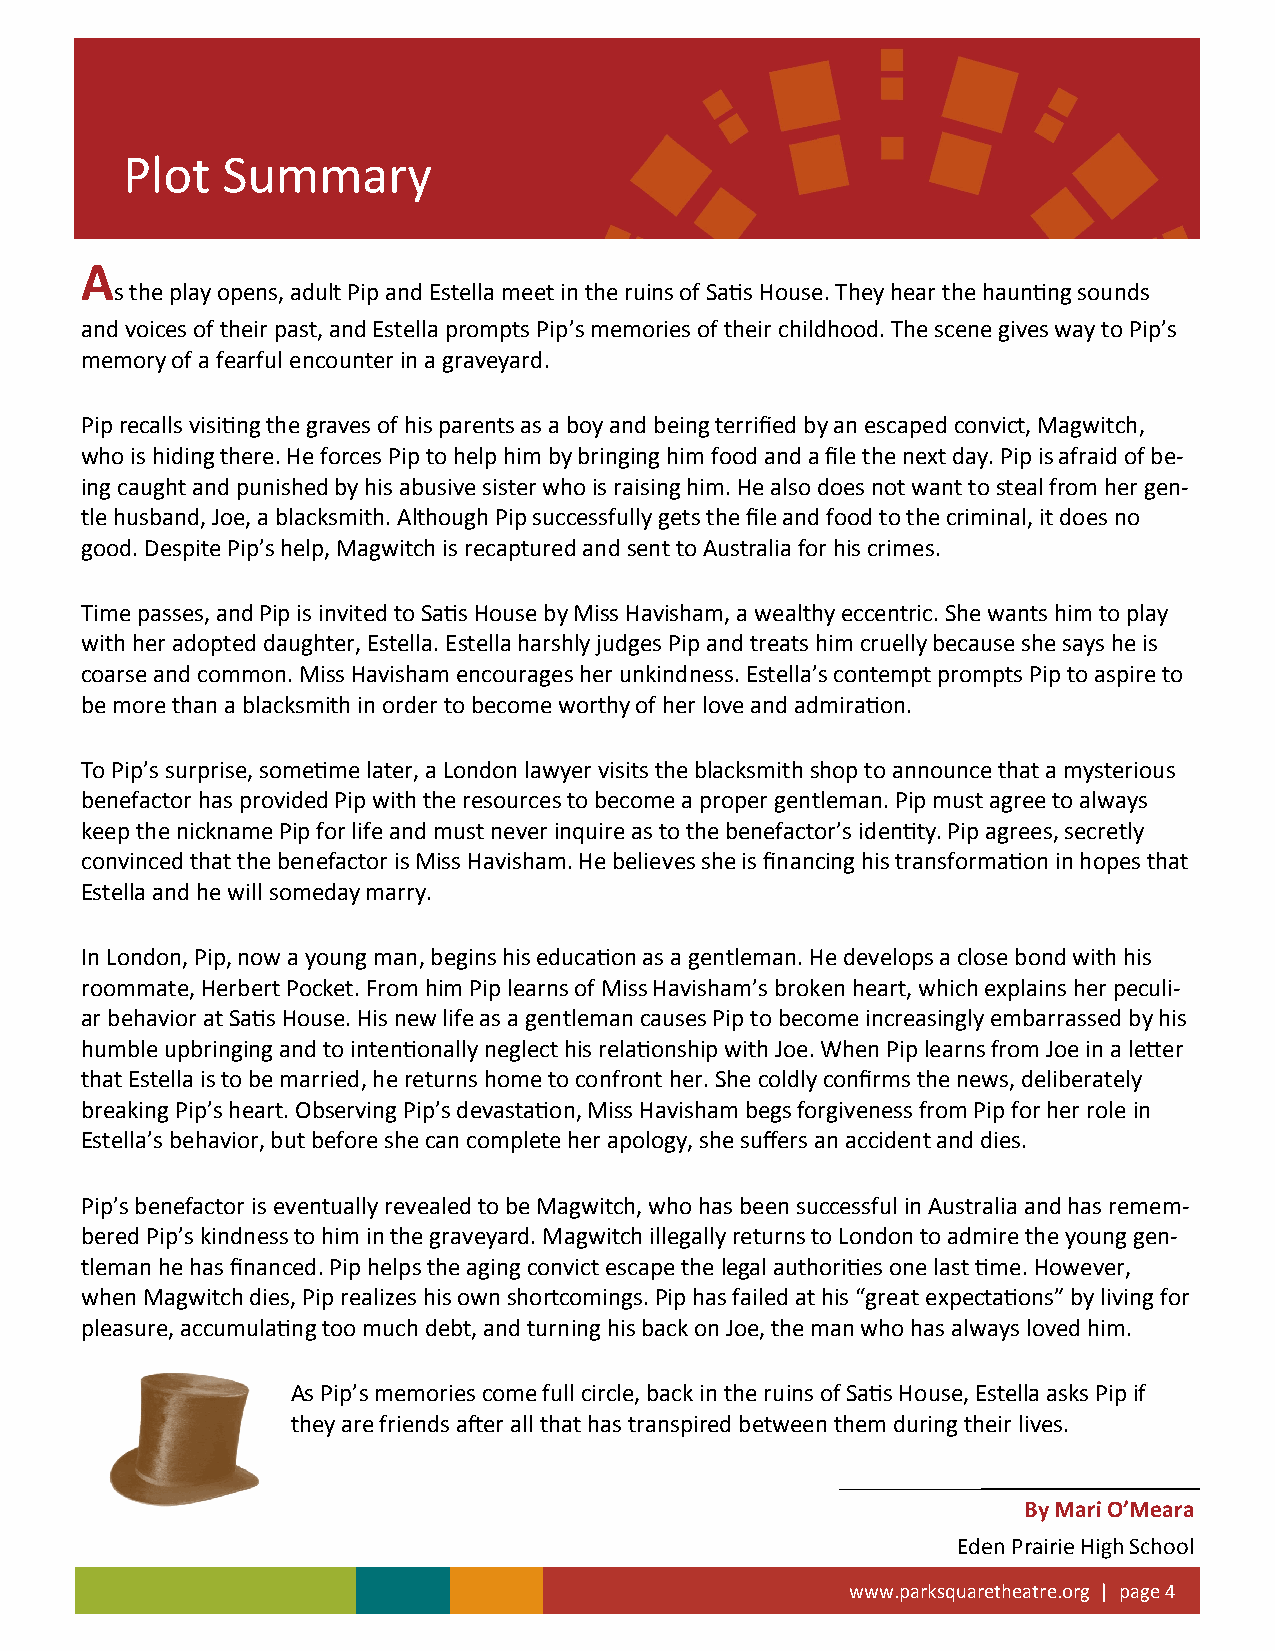
Plot   Summary
 A
 s the play opens, adult Pip and Estella meet in the ruins of Satis House. They hear the haunting sounds
 and voices of their past, and Estella prompts Pip’s memories of their childhood. The scene gives way to Pip’s
 memory of a fearful encounter in a graveyard.
 Pip recalls visiting the graves of his parents as a boy and being terrified by an escaped convict, Magwitch,
 who is hiding there. He forces Pip to help him by bringing him food and a file the next day. Pip is afraid of be-
 ing caught and punished by his abusive sister who is raising him. He also does not want to steal from her gen-
 tle husband, Joe, a blacksmith. Although Pip successfully gets the file and food to the criminal, it does no
 good. Despite Pip’s help, Magwitch is recaptured and sent to Australia for his crimes.
 Time passes, and Pip is invited to Satis House by Miss Havisham, a wealthy eccentric. She wants him to play
 with her adopted daughter, Estella. Estella harshly judges Pip and treats him cruelly because she says he is
 coarse and common. Miss Havisham encourages her unkindness. Estella’s contempt prompts Pip to aspire to
 be more than a blacksmith in order to become worthy of her love and admiration.
 To Pip’s surprise, sometime later, a London lawyer visits the blacksmith shop to announce that a mysterious
 benefactor has provided Pip with the resources to become a proper gentleman. Pip must agree to always
 keep the nickname Pip for life and must never inquire as to the benefactor’s identity. Pip agrees, secretly
 convinced that the benefactor is Miss Havisham. He believes she is financing his transformation in hopes that
 Estella and he will someday marry.
 In London, Pip, now a young man, begins his education as a gentleman. He develops a close bond with his
 roommate, Herbert Pocket. From him Pip learns of Miss Havisham’s broken heart, which explains her peculi-
 ar behavior at Satis House. His new life as a gentleman causes Pip to become increasingly embarrassed by his
 humble upbringing and to intentionally neglect his relationship with Joe. When Pip learns from Joe in a letter
 that Estella is to be married, he returns home to confront her. She coldly confirms the news, deliberately
 breaking Pip’s heart. Observing Pip’s devastation, Miss Havisham begs forgiveness from Pip for her role in
 Estella’s behavior, but before she can complete her apology, she suffers an accident and dies.
 Pip’s benefactor is eventually revealed to be Magwitch, who has been successful in Australia and has remem-
 bered Pip’s kindness to him in the graveyard. Magwitch illegally returns to London to admire the young gen-
 tleman he has financed. Pip helps the aging convict escape the legal authorities one last time. However,
 when Magwitch dies, Pip realizes his own shortcomings. Pip has failed at his “great expectations” by living for
 pleasure, accumulating too much debt, and turning his back on Joe, the man who has always loved him.
 As Pip’s memories come full circle, back in the ruins of Satis House, Estella asks Pip if
 they are friends after all that has transpired between them during their lives.
 By Mari O’Meara
 Eden Prairie High School
 www.parksquaretheatre.org | page 4